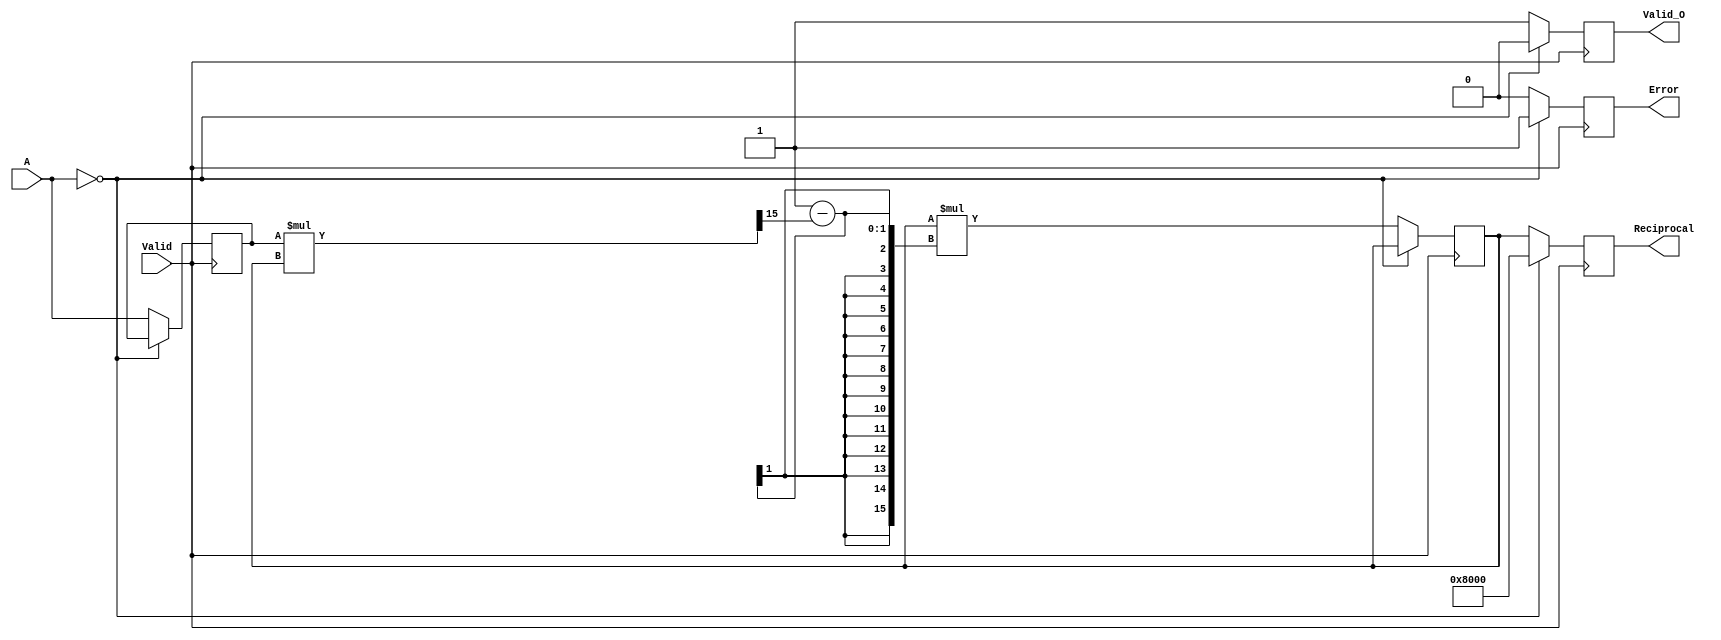
module BitwiseReciprocal #(
    parameter N = 16 // Width of the input and output
)(
    input  wire [N-1:0] A,      // Input binary number
    input  wire Valid,           // Input valid signal
    output reg  [N-1:0] Reciprocal, // Output reciprocal value
    output reg  Valid_O,         // Output valid signal for reciprocal
    output reg  Error            // Error signal for invalid operations
);

    reg [N-1:0] guess;           // Intermediate guess for reciprocal
    integer i;                   // Loop variable
    reg [N-1:0] A_tmp;           // Temporary variable for manipulations
    reg [N-1:0] max_value;       // Maximum representable value
    reg [N-1:0] one;             // Constant value representation of 1

    // Initialization
    initial begin
        max_value = {1'b1, {N-1{1'b0}}}; // Maximum representable value for N bits
        one = {1'b0, {N-1{1'b0}}} + 1'b1; // Value representing 1 in N bits
    end

    always @(posedge Valid) begin
        if (A == 0) begin
            // Handle division by zero
            Reciprocal <= max_value; // Set to max value
            Error <= 1'b1;            // Set error signal
            Valid_O <= 1'b0;          // Output not valid
        end else begin
            // Clear error flag
            Error <= 1'b0;            // No error
            guess <= one;             // Initial guess for reciprocal
            A_tmp <= A;               // Store input A for calculations
            Valid_O <= 1'b0;          // Initially set output valid signal low
            
            // Perform iterative method for a few iterations (e.g., 10)
            for (i = 0; i < 10; i = i + 1) begin
                guess <= guess * (two - (A_tmp * guess >> (N-1))); // Newton-Raphson step
            end
            
            Reciprocal <= guess;       // Assign computed reciprocal
            Valid_O <= 1'b1;           // Set output valid signal high
        end
    end

endmodule